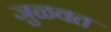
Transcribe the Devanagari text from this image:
जुळवत